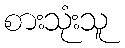
စားသုံးသူ